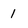
Character: 1